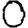
Digit: 0